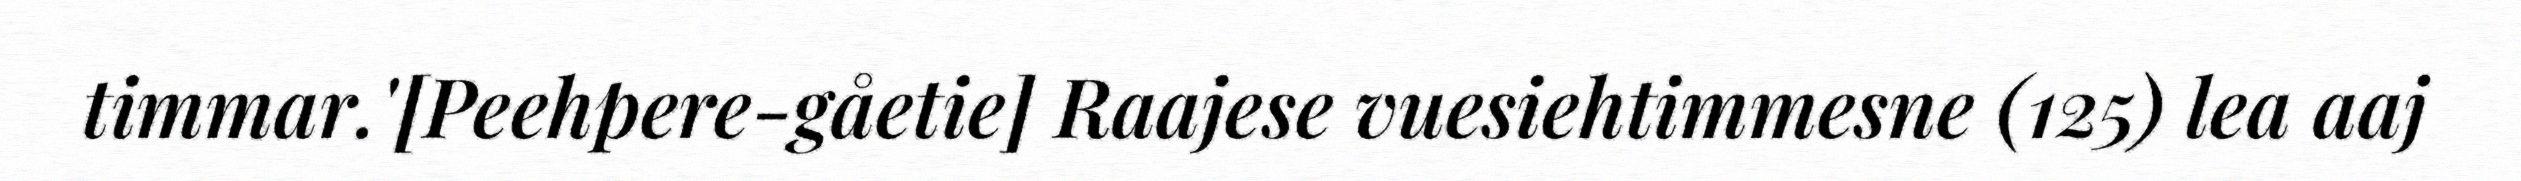
timmar.'[Peehpere-gåetie] Raajese vuesiehtimmesne (125) lea aaj